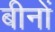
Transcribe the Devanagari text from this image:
बीनों